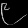
Digit: ၉